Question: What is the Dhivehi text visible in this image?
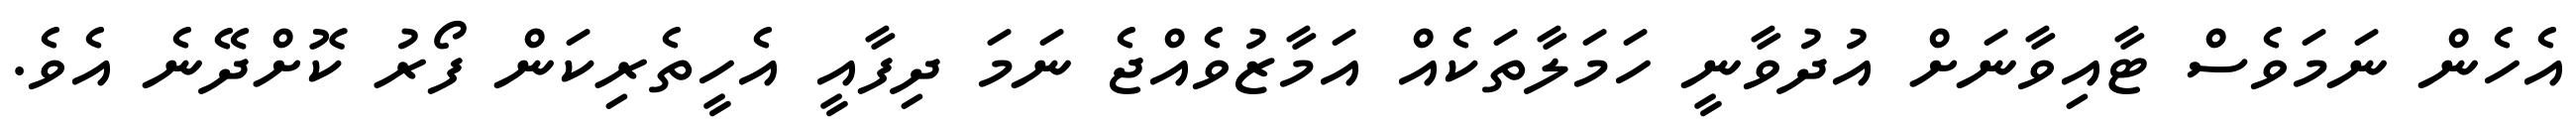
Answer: އެހެން ނަމަވެސް ޓާއިވާނަށް އުދުވާނީ ހަމަލާތަކެއް އަމާޒުވެއްޖެ ނަމަ ދިފާއީ އެހީތެރިކަން ފޯރު ކޮށްދޭނެ އެވެ.